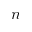
n